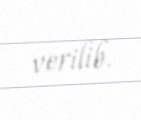
verilib.